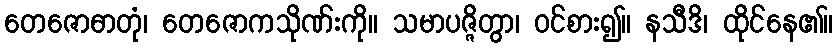
တေဇောဓာတုံ၊ တေဇောကသိုဏ်းကို။ သမာပဇ္ဇိတွာ၊ ဝင်စား၍။ နသီဒိ၊ ထိုင်နေ၏။